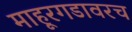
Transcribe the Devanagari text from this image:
माहूरगडावरच